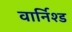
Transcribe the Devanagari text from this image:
वार्निश्ड